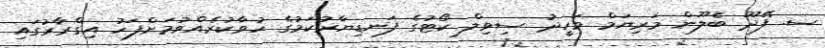
ސ. ފޭދޫ ބެލޫން މަރިޔަމް ވަހީދު ސިވިލް ކޯޓުގެ ފަނޑިޔާރުކަމުގެ ހުވާކުރެއްވުމަށްފަހު އިގްރާރުގައި